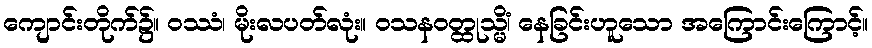
ကျောင်းတိုက်၌။ ဝဿံ၊ မိုးလပတ်လုံး။ ဝသနဝတ္ထုသ္မိံ၊ နေခြင်းဟူသော အကြောင်းကြောင့်။